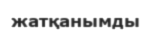
жатқанымды